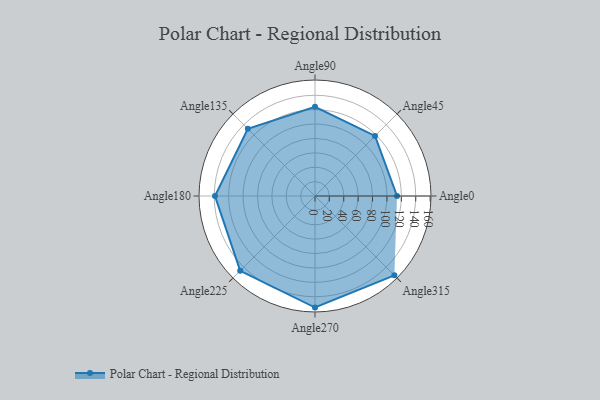
{"axis": {"x": "Angle", "y": "Radius"}, "legend": [""], "data": [{"x": "Angle0", "y": 114.0, "type": ""}, {"x": "Angle45", "y": 118.0, "type": ""}, {"x": "Angle90", "y": 124.0, "type": ""}, {"x": "Angle135", "y": 132.0, "type": ""}, {"x": "Angle180", "y": 139.0, "type": ""}, {"x": "Angle225", "y": 147.0, "type": ""}, {"x": "Angle270", "y": 155.0, "type": ""}, {"x": "Angle315", "y": 156.0, "type": ""}]}